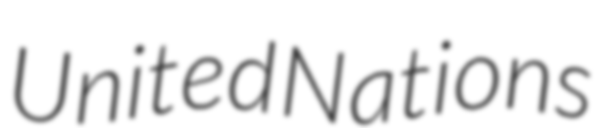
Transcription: United Nations